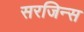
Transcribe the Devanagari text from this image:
सरजिन्स